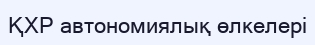
ҚХР автономиялық өлкелері